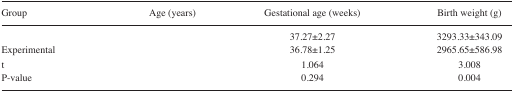
<table><thead><tr><td><b>Group</b></td><td><b>Age (years)</b></td><td><b>Gestational age (weeks)</b></td><td><b>Birth weight (g)</b></td></tr></thead><tbody><tr><td>[EMPTY_CELL]</td><td>[EMPTY_CELL]</td><td>37.27±2.27</td><td>3293.33±343.09</td></tr><tr><td>Experimental</td><td>[EMPTY_CELL]</td><td>36.78±1.25</td><td>2965.65±586.98</td></tr><tr><td>t</td><td>[EMPTY_CELL]</td><td>1.064</td><td>3.008</td></tr><tr><td>P-value</td><td>[EMPTY_CELL]</td><td>0.294</td><td>0.004</td></tr></tbody></table>